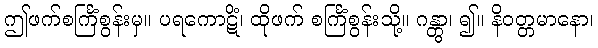
ဤဖက်စင်္ကြံစွန်းမှ။ ပရကောဋိံ၊ ထိုဖက် စင်္ကြံစွန်းသို့။ ဂန္တွာ၊ ၍။ နိဝတ္တမာနော၊